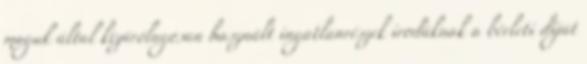
maguk által kizárólagosan használt ingatlanrészek irodáknak a bérleti díját